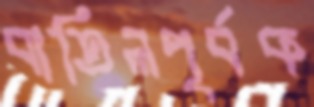
বাতিলপূর্বক